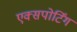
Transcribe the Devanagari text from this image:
एक्सपोर्टिंग